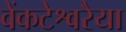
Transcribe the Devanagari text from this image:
वेंकटेश्वरैया